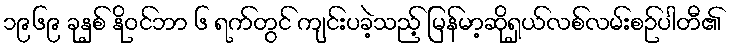
၁၉၆၉ ခုနှစ် နိုဝင်ဘာ ၆ ရက်တွင် ကျင်းပခဲ့သည့် မြန်မာ့ဆိုရှယ်လစ်လမ်းစဉ်ပါတီ၏